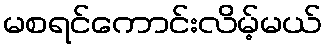
မစရင်ကောင်းလိမ့်မယ်